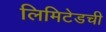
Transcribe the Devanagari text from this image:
लिमिटेडची